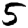
Digit: 5